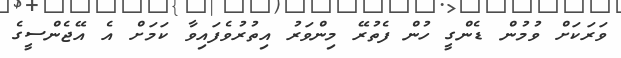
ވަރަކަށް ވުމުން ޑެންގީ ހުން ފެތުރޭ މިންވަރު އިތުރުވެފައިވާ ކަމަށް އެ އޭޖެންސީގެ